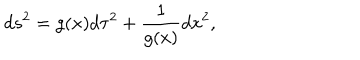
d s ^ { 2 } = g ( x ) d \tau ^ { 2 } + { \frac { 1 } { g ( x ) } } d x ^ { 2 } ,